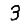
Digit: 3